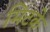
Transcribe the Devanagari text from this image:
मिटके